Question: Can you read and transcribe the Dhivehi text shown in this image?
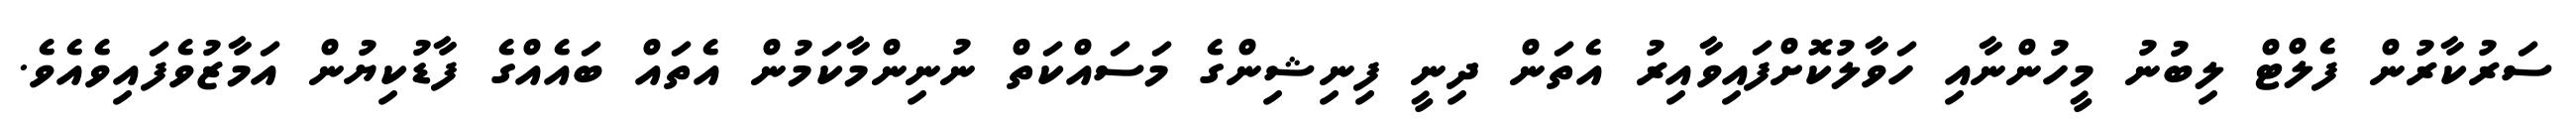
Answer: ސަރުކާރުން ފެލްޓް ލިބުނު މީހުންނާއި ހަވާލުކޮށްފައިވާއިރު އެތަން ދިނީ ފިނިޝިންގެ މަސައްކަތް ނުނިންމާކަމުން އެތައް ބައެއްގެ ފާޑުކިޔުން އަމާޒުވެފައިވެއެވެ.